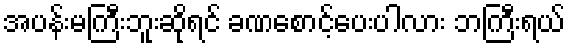
အပန်းမကြီးဘူးဆိုရင် ခဏစောင့်ပေးပါလား ဘကြီးရယ်